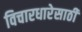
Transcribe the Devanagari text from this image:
विचारधारेसाठी